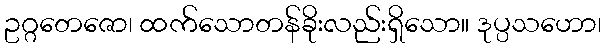
ဥဂ္ဂတေဇော၊ ထက်သောတန်ခိုးလည်းရှိသော။ ဒုပ္ပသဟော၊